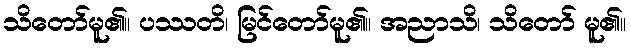
သိတော်မူ၏။ ပဿတိ၊ မြင်တော်မူ၏။ အညာသိ၊ သိတော် မူ၏။